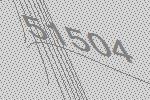
51504